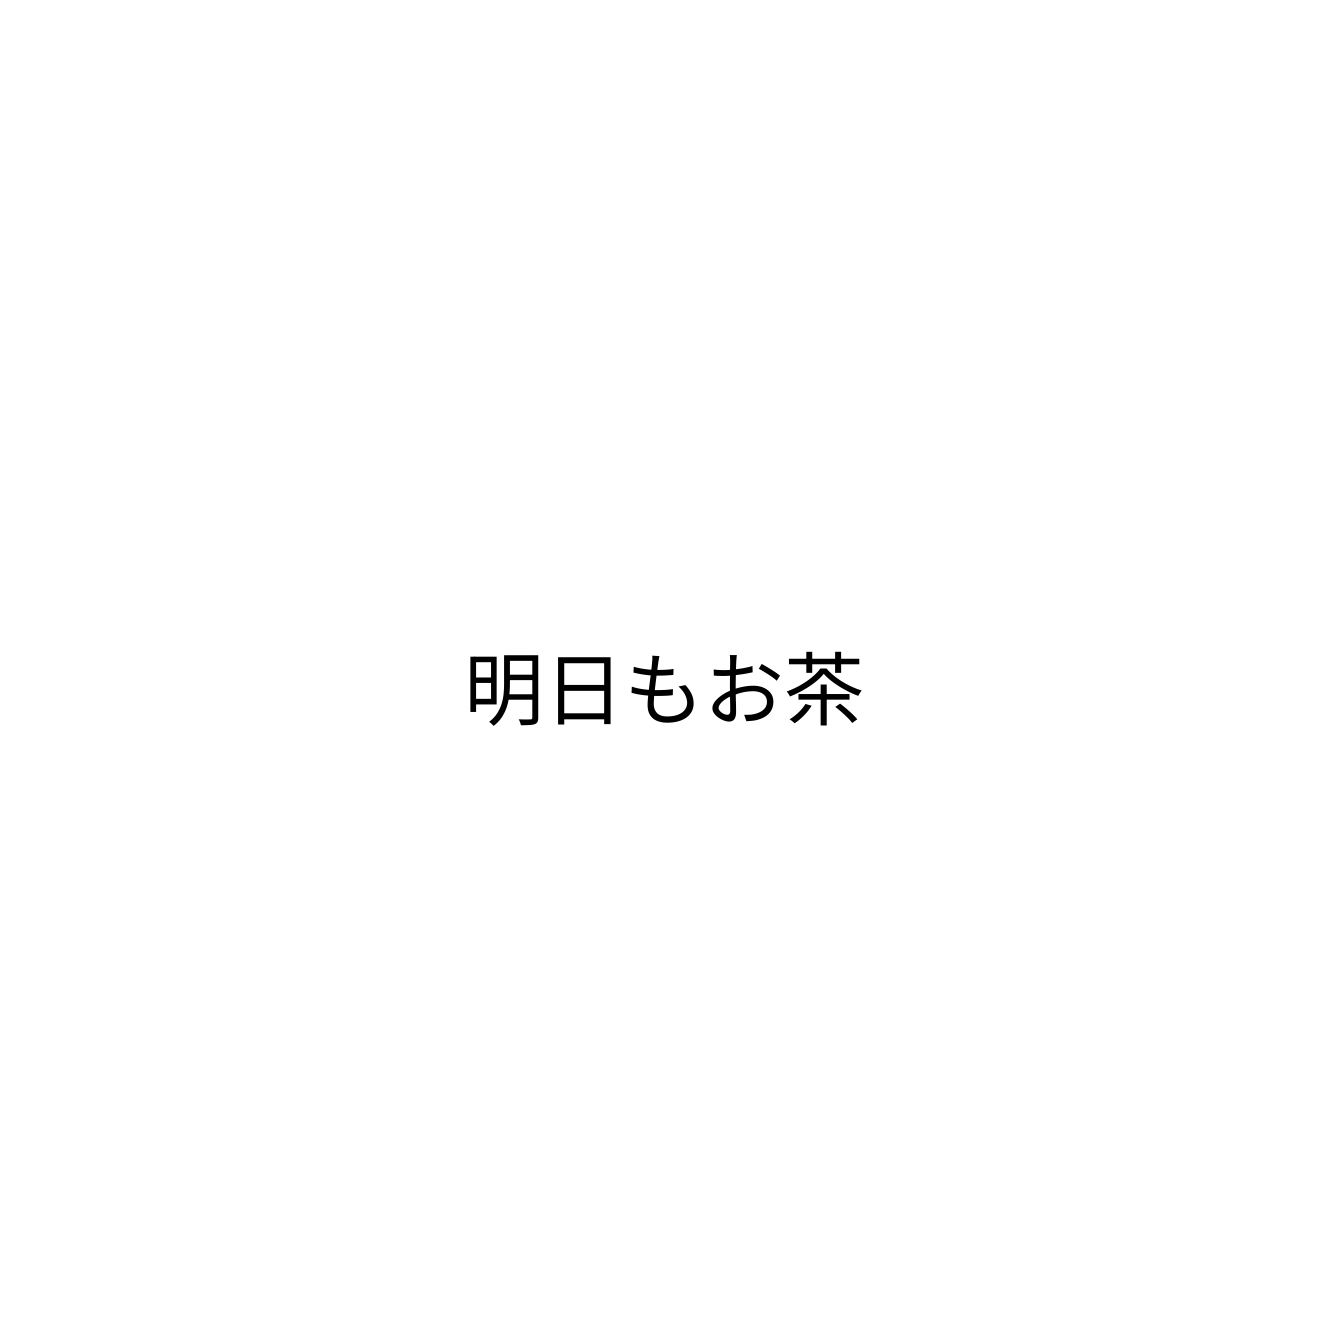
明日もお茶